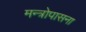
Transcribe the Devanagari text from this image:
मन्त्रोपासना